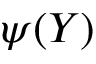
\psi ( Y )